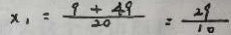
x _ { 1 } = \frac { 9 + 4 9 } { 2 0 } = \frac { 2 9 } { 1 0 }